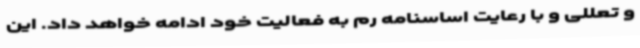
و تعللی و با رعایت اساسنامه رم به فعالیت خود ادامه خواهد داد. این